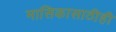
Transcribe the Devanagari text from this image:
मासिकासाठीही